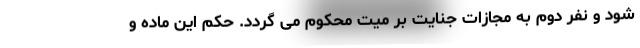
شود و نفر دوم به مجازات جنایت بر میت محکوم می گردد. حکم این ماده و